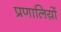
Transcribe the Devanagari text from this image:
प्रणालिय़ों